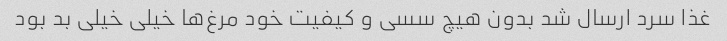
غذا سرد ارسال شد بدون هیچ سسی و کیفیت خود مرغ‌ها خیلی خیلی بد بود